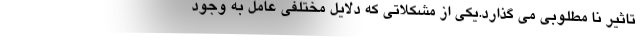
تاثیر نا مطلوبی می گذارد.یکی از مشکلاتی که دلایل مختلفی عامل به وجود